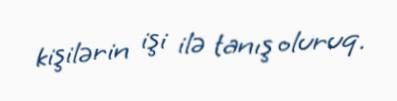
kişilərin işi ilə tanış oluruq.